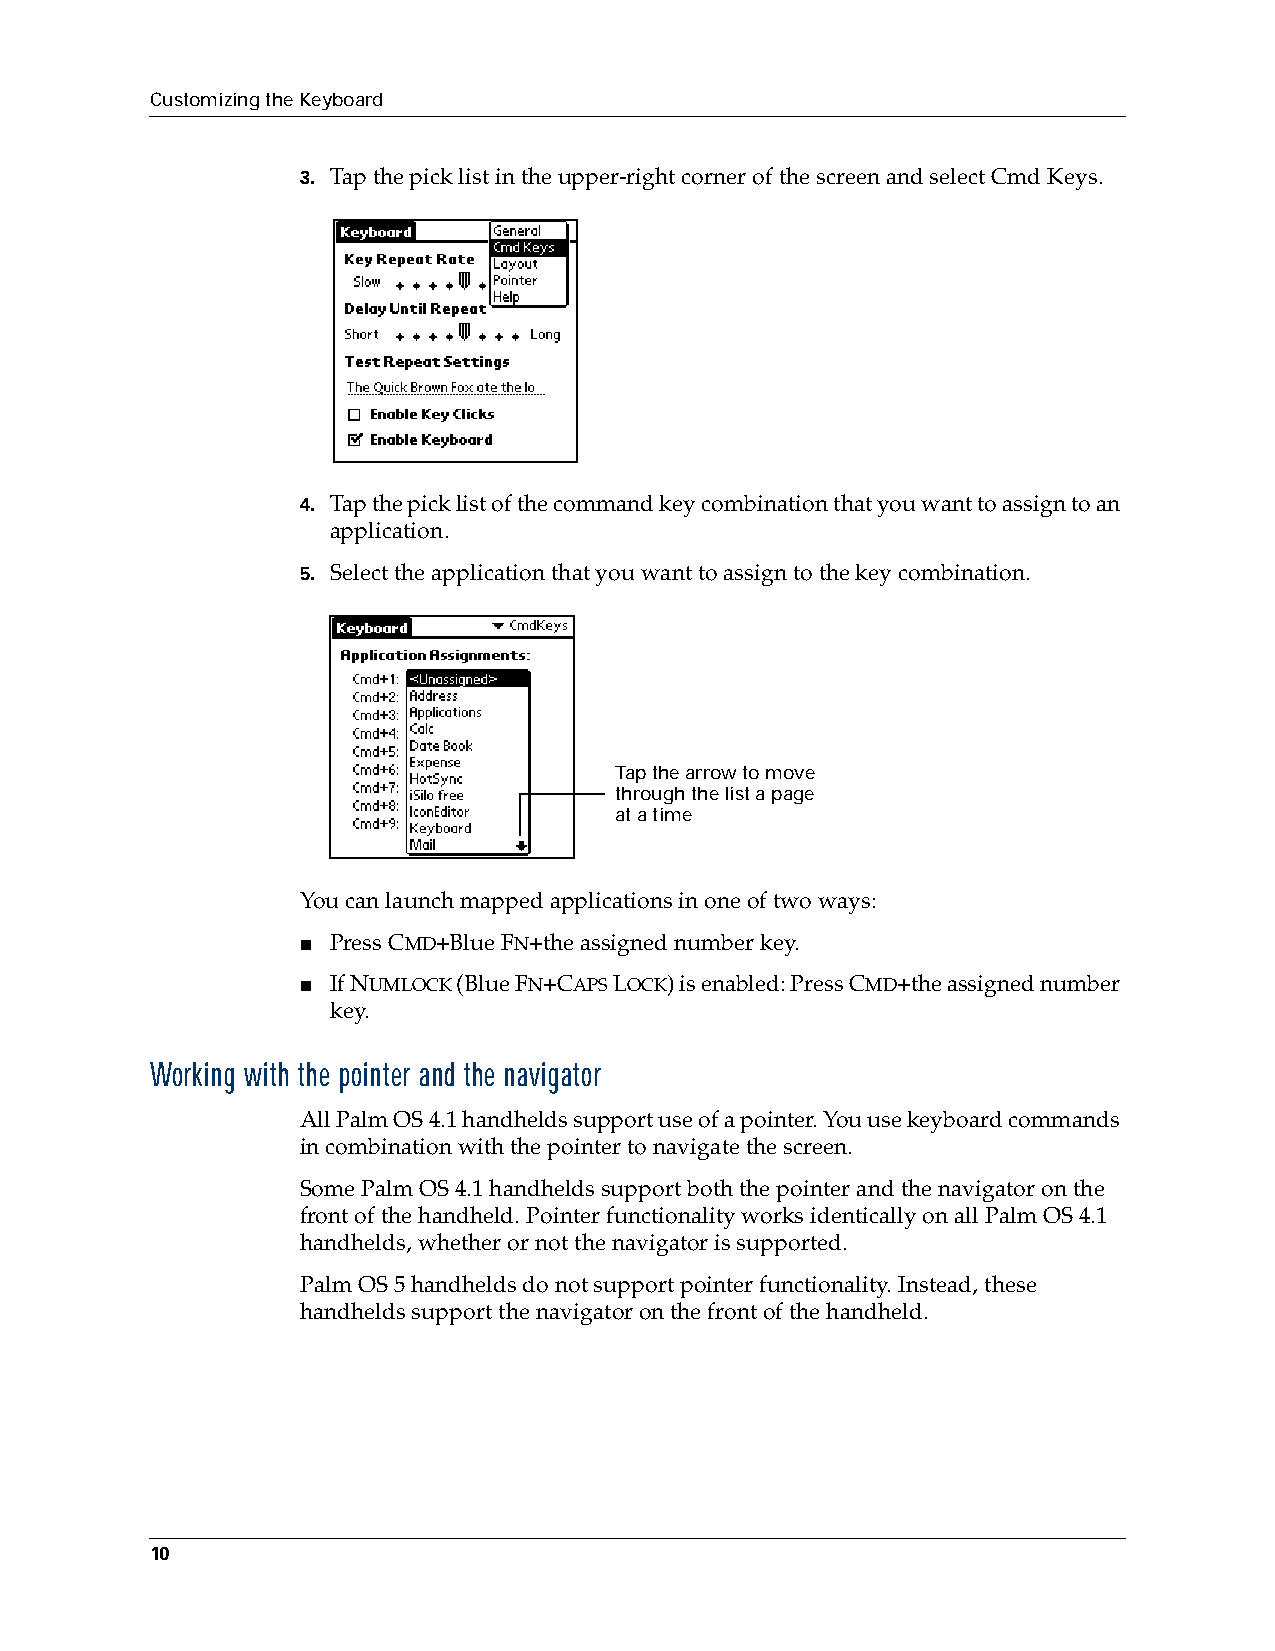
Customizing the Keyboard
 3. Tap the pick list in the upper-right corner of the screen and select Cmd Keys.
 4. Tap the pick list of the command key combination that you want to assign to an
 application.
 5. Select the application that you want to assign to the key combination.
 Tap the arrow to move
 through the list a page
 at a time
 You can launch mapped applications in one of two ways:
 ■ Press CMD+Blue FN+the assigned number key.
 ■ If NUMLOCK (Blue FN+CAPS LOCK) is enabled: Press CMD+the assigned number
 key.
 Working with the pointer and the navigator
 All Palm OS 4.1 handhelds support use of a pointer. You use keyboard commands
 in combination with the pointer to navigate the screen.
 Some Palm OS 4.1 handhelds support both the pointer and the navigator on the
 front of the handheld. Pointer functionality works identically on all Palm OS 4.1
 handhelds, whether or not the navigator is supported.
 Palm OS 5 handhelds do not support pointer functionality. Instead, these
 handhelds support the navigator on the front of the handheld.
 10